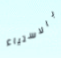
بالاستياء